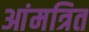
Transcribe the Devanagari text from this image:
आंमत्रित